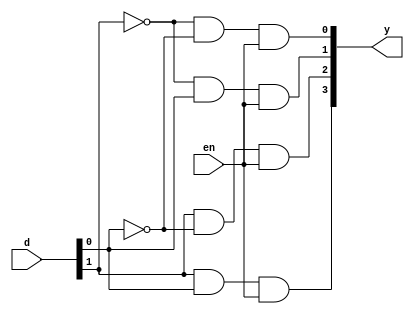
`timescale 1ns / 1ps
module deco2_4(y,d,en);
output [3:0]y;
input [1:0]d;
input en;
wire [1:0]nd;
not n1(nd[0],d[0]);
not n2(nd[1],d[1]);
and a1(y[0],nd[1],nd[0],en);
and a2(y[1],nd[1],d[0],en);
and a3(y[2],d[1],nd[0],en);
and  a4(y[3],d[1],d[0],en);
endmodule